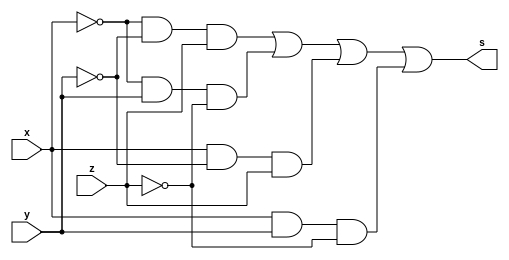
module SoP (output s, input x, y, z); // mintermos
// m 0 1 2 3 4
assign s = (~x & ~y & z) | (~x & y & ~z) | (x & ~y & z) | (x & y & ~z);
endmodule // SoP

module a3;
reg x, y, z;
wire s;
// instancias
SoP SOP1 (s, x, y, z);
// valores iniciais
initial begin: start
x=1'bx; y=1'bx; z=1'bx;// indefinidos
end
// parte principal
initial begin: main
// identificacao
$display("Soma de Produtos");
// monitoramento
$display(" x  y  z =  SoP(1,2,5,6) ");
$monitor("%2b %2b %2b =  %2b", x, y, z, s);
// sinalizacao
#1 x=0; y=0; z=0;
#1 x=0; y=0; z=1;
#1 x=0; y=1; z=0;
#1 x=0; y=1; z=1;
#1 x=1; y=0; z=0;
#1 x=1; y=0; z=1;
#1 x=1; y=1; z=0;
#1 x=1; y=1; z=1;
end
endmodule // test_module